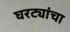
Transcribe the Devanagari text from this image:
घरट्यांचा